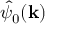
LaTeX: { \hat { \psi } } _ { 0 } ( \mathbf { k } )